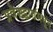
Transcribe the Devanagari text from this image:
प्रवेशद्वारांमधून